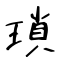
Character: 瑣